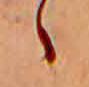
ゝ